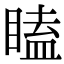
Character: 瞌